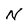
Character: N